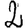
Digit: 2